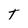
Character: T